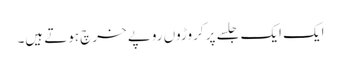
ایک ایک جلسے پر کروڑوں روپے خرچ ہوتے ہیں۔